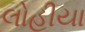
લોહીયા